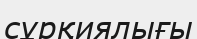
сұрқиялығы